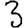
Digit: 3